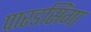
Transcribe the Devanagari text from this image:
पारडसिंगा